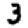
Digit: 3